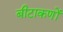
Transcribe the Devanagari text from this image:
बीटाकणों